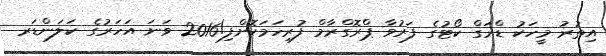
އިތުރު މީހަކު ޑްރަގް ކޯޓުގެ ފަރުވާ ޕްރޮގްރާމް ފުރިހަމަކޮށްފި!2016 ވަނަ އަހަރުގެ ކަލަންޑަރ